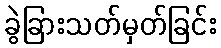
ခွဲခြားသတ်မှတ်ခြင်း